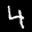
Label: 4